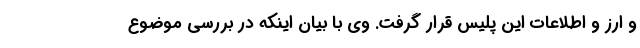
و ارز و اطلاعات این پلیس قرار گرفت. وی با بیان اینکه در بررسی موضوع